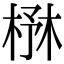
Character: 㮊